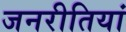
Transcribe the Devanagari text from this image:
जनरीतियां